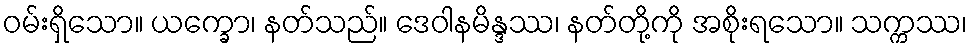
ဝမ်းရှိသော။ ယက္ခော၊ နတ်သည်။ ဒေဝါနမိန္ဒဿ၊ နတ်တို့ကို အစိုးရသော။ သက္ကဿ၊